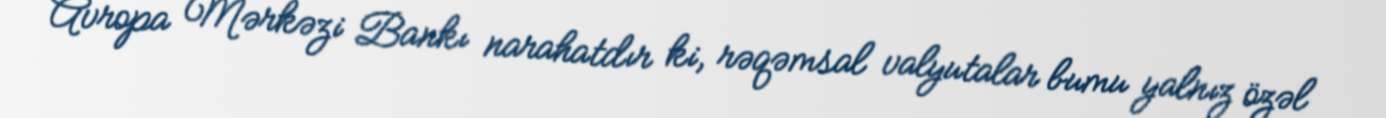
Avropa Mərkəzi Bankı narahatdır ki, rəqəmsal valyutalar bumu yalnız özəl